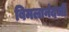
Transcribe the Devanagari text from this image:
बिमलानंदजी